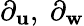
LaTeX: \partial_{\mathbf{u}},\ \partial_{\mathbf{w}}